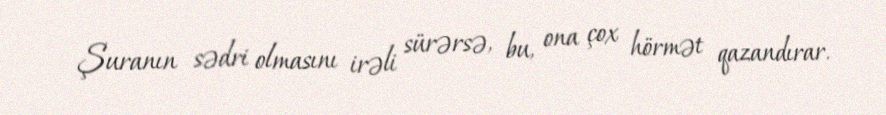
Şuranın sədri olmasını irəli sürərsə, bu, ona çox hörmət qazandırar.